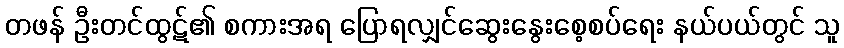
တဖန် ဦးတင်ထွဋ်၏ စကားအရ ပြောရလျှင်ဆွေးနွေးစေ့စပ်ရေး နယ်ပယ်တွင် သူ